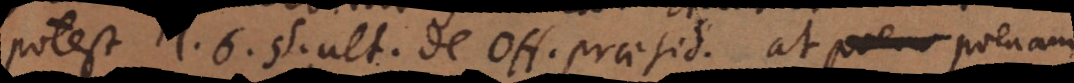
potest l. 6. §. ult. de officio praesidis. At poenam